Sketch of the medical history of the native army of Bombay, for the year
Year: 1872
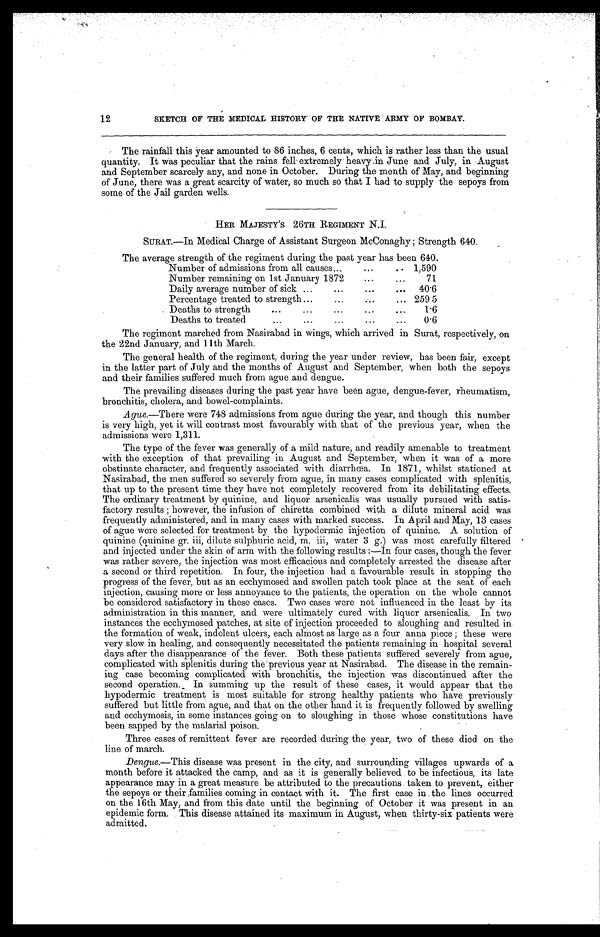
12
SKETCH OF THE MEDICAL HISTORY OF THE NATIVE ARMY OF BOMBAY.
The rainfall this year amounted to 86 inches, 6 cents, which is rather less than the usual
quantity. It was peculiar that the rains fell extremely heavy in June and July, in August
and September scarcely any, and none in October. During the month of May, and beginning
of June, there was a great scarcity of water, so much so that I had to supply the sepoys from
some of the Jail garden wells.
HER MAJESTY 'S 26TH REGIMENT N.I.
SURAT.—In Medical Charge of Assistant Surgeon McConaghy; Strength 640.
The av erage strength of the regiment during tha past year has been 640.
Number of admissions from all causes . . .
1,590
Number remaining on 1st January 1872 . . .
71
Daily average number of sick . . .
40.6
Percentage treated to strength . . .
259.5
Deaths to strength . . .
1.6
Deaths to treated . . .
0.6
The regiment marched from Nasirabad in wings, which arrived in Surat, respectively, on
the 22nd January, and 11th March.
The general health of the regiment, during the year under review, has been fair, except
in the latter part of July and the months of August and September, when both the sepoys
and their families suffered much from ague and dengue.
The prevailing diseases during the past year have been ague, dengue-fever, rheumatism,
bronchitis, cholera, and bowel-complaints.
Ague.—There were 748 admissions from ague during the year, and though this number
is very high, yet it will contrast most favourably with that of the previous year, when the
admissions were 1,311.
The type of the fever was generally of a mild nature, and readily amenable to treatment
with the exception of that prevailing in August and September, when it was of a more
obstinate character, and frequently associated with diarrhœa. In 1871, whilst stationed at
Nasirabad, the men suffered so severely from ague, in many cases complicated with splenitis,
that up to the present time they have not completely recovered from its debilitating effects.
The ordinary treatment by quinine, and liquor arsenicalis was usually pursued with satis
-factory results; however, the infusion of chiretta combined with a dilute mineral acid was
frequently administered, and in many cases with marked success. In April and May, 13 cases
of ague were selected for treatment by the hypodermic injection of quinine. A solution of
quinine (quinine gr. iii, dilute sulphuric acid, m. iii, water 3 g.) was most carefully filtered
and injected under the skin of arm with the following results:—In four cases, though the fever
was rather severe, the injection was most efficacious and completely arrested the disease after
a second or third repetition. In four, the injection had a favourable result in stopping the
progress of the fever, but as an ecchymosed and swollen patch took place at the seat of each
injection, causing more or less annoyance to the patients, the operation on the whole cannot
be considered satisfactory in these cases. Two cases were not influenced in the least by its
administration in this manner, and were ultimately cured with liquor arsenicalis. In two
instances the ecchymosed patches, at site of injection proceeded to sloughing and resulted in
the formation of weak, indolent ulcers, each almost as large as a four anna piece; these were
very slow in healing, and consequently necessitated the patients remaining in hospital several
days after the disappearance of the fever. Both these patients suffered severely from ague,
complicated with splenitis during the previous year at Nasirabad. The disease in the remain
-ing case becoming complicated with bronchitis, the injection was discontinued after the
second operation. In summing up the result of these cases, it would appear that the
hypodermic treatment is most suitable for strong healthy patients who have previously
suffered but little from ague, and that on the other hand it is frequently followed by swelling
and ecchymosis, in some instances going on to sloughing in those whose constitutions have
been sapped by the malarial poison.
Three cases of remittent fever are recorded during the year, two of these died on the
line of march.
Dengue.— This disease was present in the city, and surrounding villages upwards of a
month before it attacked the camp, and as it is generally believed to be infectious, its late
appearance may in a great measure be attributed to the precautions taken to prevent, either
the sepoys or their families coming in contact with it. The first case in the lines occurred
on the 16th May, and from this date until the beginning of October it was present in an
epidemic form. This disease attained its maximum in August, when thirty-six patients were
admitted.